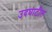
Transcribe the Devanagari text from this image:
उदघाटीत